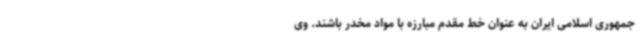
جمهوری اسلامی ایران به عنوان خط مقدم مبارزه با مواد مخدر باشند. وی